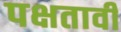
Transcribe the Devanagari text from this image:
पक्षतावी